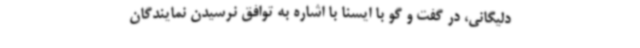
دلیگانی، در گفت و گو با ایسنا با اشاره به توافق نرسیدن نمایندگان